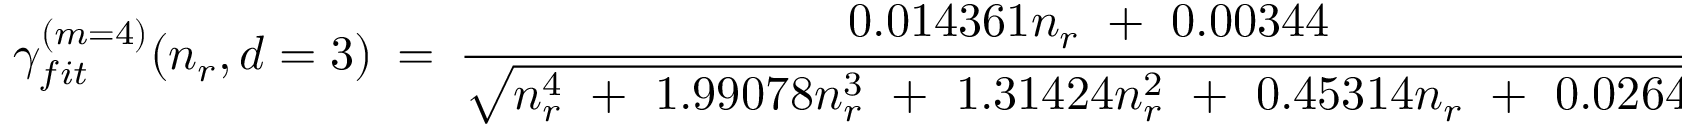
\gamma _ { f i t } ^ { ( m = 4 ) } ( n _ { r } , d = 3 ) \ = \ \frac { 0 . 0 1 4 3 6 1 n _ { r } \ + \ 0 . 0 0 3 4 4 } { \sqrt { n _ { r } ^ { 4 } \ + \ 1 . 9 9 0 7 8 n _ { r } ^ { 3 } \ + \ 1 . 3 1 4 2 4 n _ { r } ^ { 2 } \ + \ 0 . 4 5 3 1 4 n _ { r } \ + \ 0 . 0 2 6 4 5 } } \ .